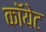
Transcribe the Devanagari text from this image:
कॉयेट